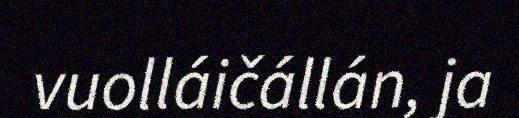
vuolláičállán, ja